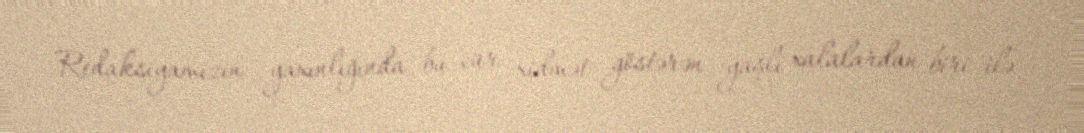
Redaksiyamızın yaxınlığında bu cür xidmət göstərən yaşlı xalalardan biri ilə